Civil Veterinary Department Bihar & Orissa reports 1929-36 - 1929-1936
Year: 1929
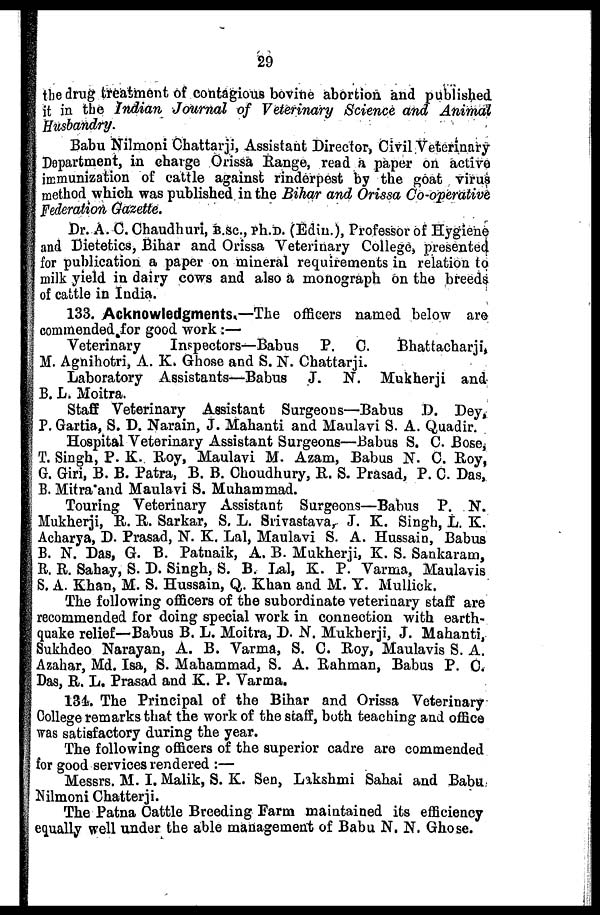
29
the drug treatment of contagious bovine abortion and published
it in the Indian Journal of Veterinary Science and Animal
Husbandry.
Babu Nilmoni Chattarji, Assistant Director, Civil Veterinary
Department, in charge Orissa Range, read a paper on active
immunization of cattle against rinderpest by the goat virus
method which was published in the Bihar and Orissa Co-operative
Federation Gazette.
Dr. A. C. Chaudhuri, B.SC., Ph.D. (Edin.), Professor of Hygiene
and Dietetics, Bihar and Orissa Veterinary College, presented
for publication a paper on mineral requirements in relation to
milk yield in dairy cows and also a monograph on the breeds
of cattle in India.
133. Acknowledgments.—The officers named below are
commended for good work :—
Veterinary
Inspectors—Babus P. C.
Bhattacharji,
M. Agnihotri, A. K. Ghose and S. N. Chattarji.
Laboratory Assistants—Babus J. N. Mukherji and
B. L. Moitra.
Staff Veterinary Assistant Surgeons—Babus D. Dey,
P. Gartia, S. D. Narain, J. Mahanti and Maulavi S. A. Quadir.
Hospital Veterinary Assistant Surgeons—Babus S. C. Bose,
T. Singh, P. K. Roy, Maulavi M. Azam, Babus N. C. Roy,
G. Giri, B. B. Patra, B. B. Choudhury, R. S. Prasad, P. C. Das,
B. Mitra and Maulavi S. Muhammad.
Touring Veterinary Assistant Surgeons—Babus P. N.
Mukherji, R. R. Sarkar, S. L. Srivastava, J. K. Singh, L. K.
Acharya, D. Prasad, N. K. Lal, Maulavi S. A. Hussain, Babus
B. N. Das, G. B. Patnaik, A. B. Mukherji, K. S. Sankaram,
R. R. Sahay, S. D. Singh, S. B. Lal, K. P. Varma, Maulavis
S. A. Khan, M. S. Hussain, Q. Khan and M. Y. Mullick.
The following officers of the subordinate veterinary staff are
recommended for doing special work in connection with earth-
quake relief—Babus B. L. Moitra, D. N. Mukherji, J. Mahanti,
Sukhdeo Narayan, A. B. Varma, S. C. Roy, Maulavis S. A.
Azahar, Md. Isa, S. Mahammad, S. A. Rahman, Babus P. C.
Das, R. L. Prasad and K. P. Varma.
131. The Principal of the Bihar and Orissa Veterinary
College remarks that the work of the staff, both teaching and office
was satisfactory during the year.
The following officers of the superior cadre are commended
for good services rendered :—
Messrs. M. I. Malik, S. K. Sen, Lakshmi Sahai and Babu
Nilmoni Chatterji.
The Patna Cattle Breeding Farm maintained its efficiency
equally well under the able management of Babu N. N. Ghose.